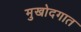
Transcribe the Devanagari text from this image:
मुखोदगात